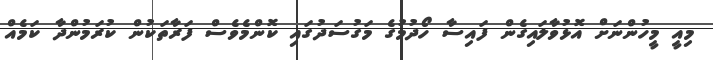
މިއީ މީހުންނަށް އޮޅުވާލައިގެން ފައިސާ ހޯދުމުގެ މަގުސަދުގައި ކޮންމެވެސް ފަރާތަކުން ކުރަމުންދާ ކަމެއް